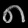
Digit: ၈